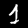
Label: 1